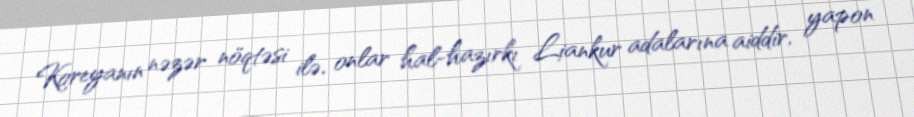
Koreyanın nəzər nöqtəsi ilə, onlar hal-hazırkı Liankur adalarına aiddir, yapon